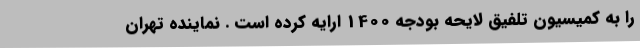
را به کمیسیون تلفیق لایحه بودجه 1400 ارایه کرده است . نماینده تهران